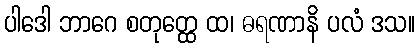
ပါဒေါ ဘာဂေ စတုတ္ထေ ထ၊ ဓရဏာနိ ပလံ ဒသ။